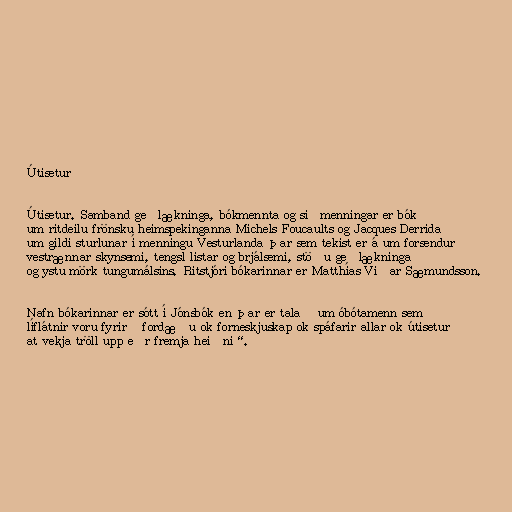
Útisetur

Útisetur. Samband geðlækninga, bókmennta og siðmenningar er bók
um ritdeilu frönsku heimspekinganna Michels Foucaults og Jacques Derrida
um gildi sturlunar í menningu Vesturlanda þar sem tekist er á um forsendur
vestrænnar skynsemi, tengsl listar og brjálsemi, stöðu geðlækninga
og ystu mörk tungumálsins. Ritstjóri bókarinnar er Matthías Viðar Sæmundsson.

Nafn bókarinnar er sótt í Jónsbók en þar er talað um óbótamenn sem
líflátnir voru fyrir „fordæðu ok forneskjuskap ok spáfarir allar ok útisetur
at vekja tröll upp eðr fremja heiðni“.